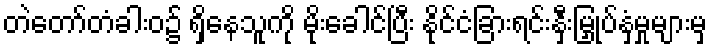
တဲတော်တံခါးဝ၌ ရှိနေသူကို မိုးခေါင်ပြီး နိုင်ငံခြားရင်းနှီးမြှုပ်နှံမှုများမှ